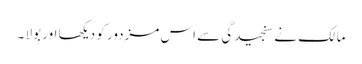
مالک نے سنجیدگی سے اس مزدور کو دیکھا اور بولا ۔